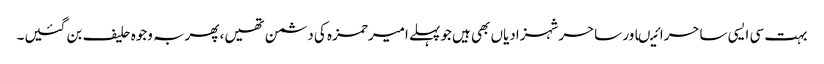
بہت سی ایسی ساحرائیںاور ساحرشہزادیاں بھی ہیں جوپہلے امیرحمزہ کی دشمن تھیں، پھربہ وجوہ حلیف بن گئیں۔